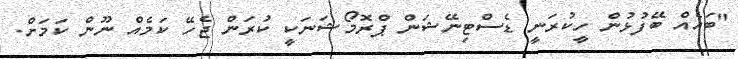
"ބައެއް ބޭފުޅުން ހީކުރަނީ ޑެސްޓިނޭޝަން ޕްރޮމޯޝަނަކީ ކުރަން ޖެހޭ ކަމެއް ނޫން ކަމަށް.